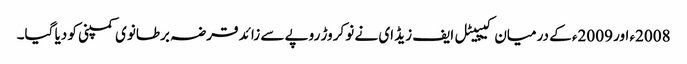
2008ء اور 2009ء کے درمیان کیپیٹل ایف زیڈ ای نے نو کروڑ روپے سے زائد قرضہ برطانوی کمپنی کو دیا گیا۔